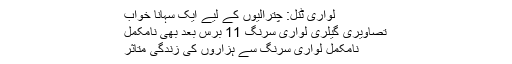
لواری ٹنل: چترالیوں کے لیے ایک سہانا خواب
تصاویری گیلری لواری سرنگ 11 برس بعد بھی نامکمل
نامکمل لواری سرنگ سے ہزاروں کی زندگی متاثر